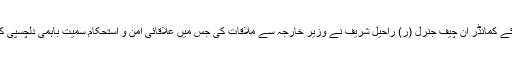
اسلام آباد: اسلامی فوجی اتحاد کے کمانڈر اِن چیف جنرل (ر) راحیل شریف نے وزیر خارجہ سے ملاقات کی جس میں علاقائی امن و استحکام سمیت باہمی دلچسپی کے امور پر تبادلہ خیال کیا گیا۔